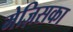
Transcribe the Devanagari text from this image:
मेज़िसका